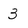
Character: 3